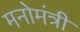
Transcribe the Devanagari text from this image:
मनोमंत्री